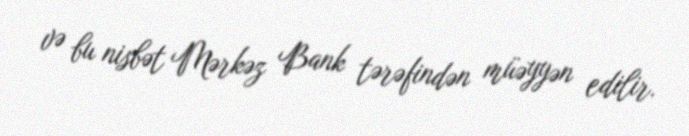
və bu nisbət Mərkəz Bank tərəfindən müəyyən edilir.